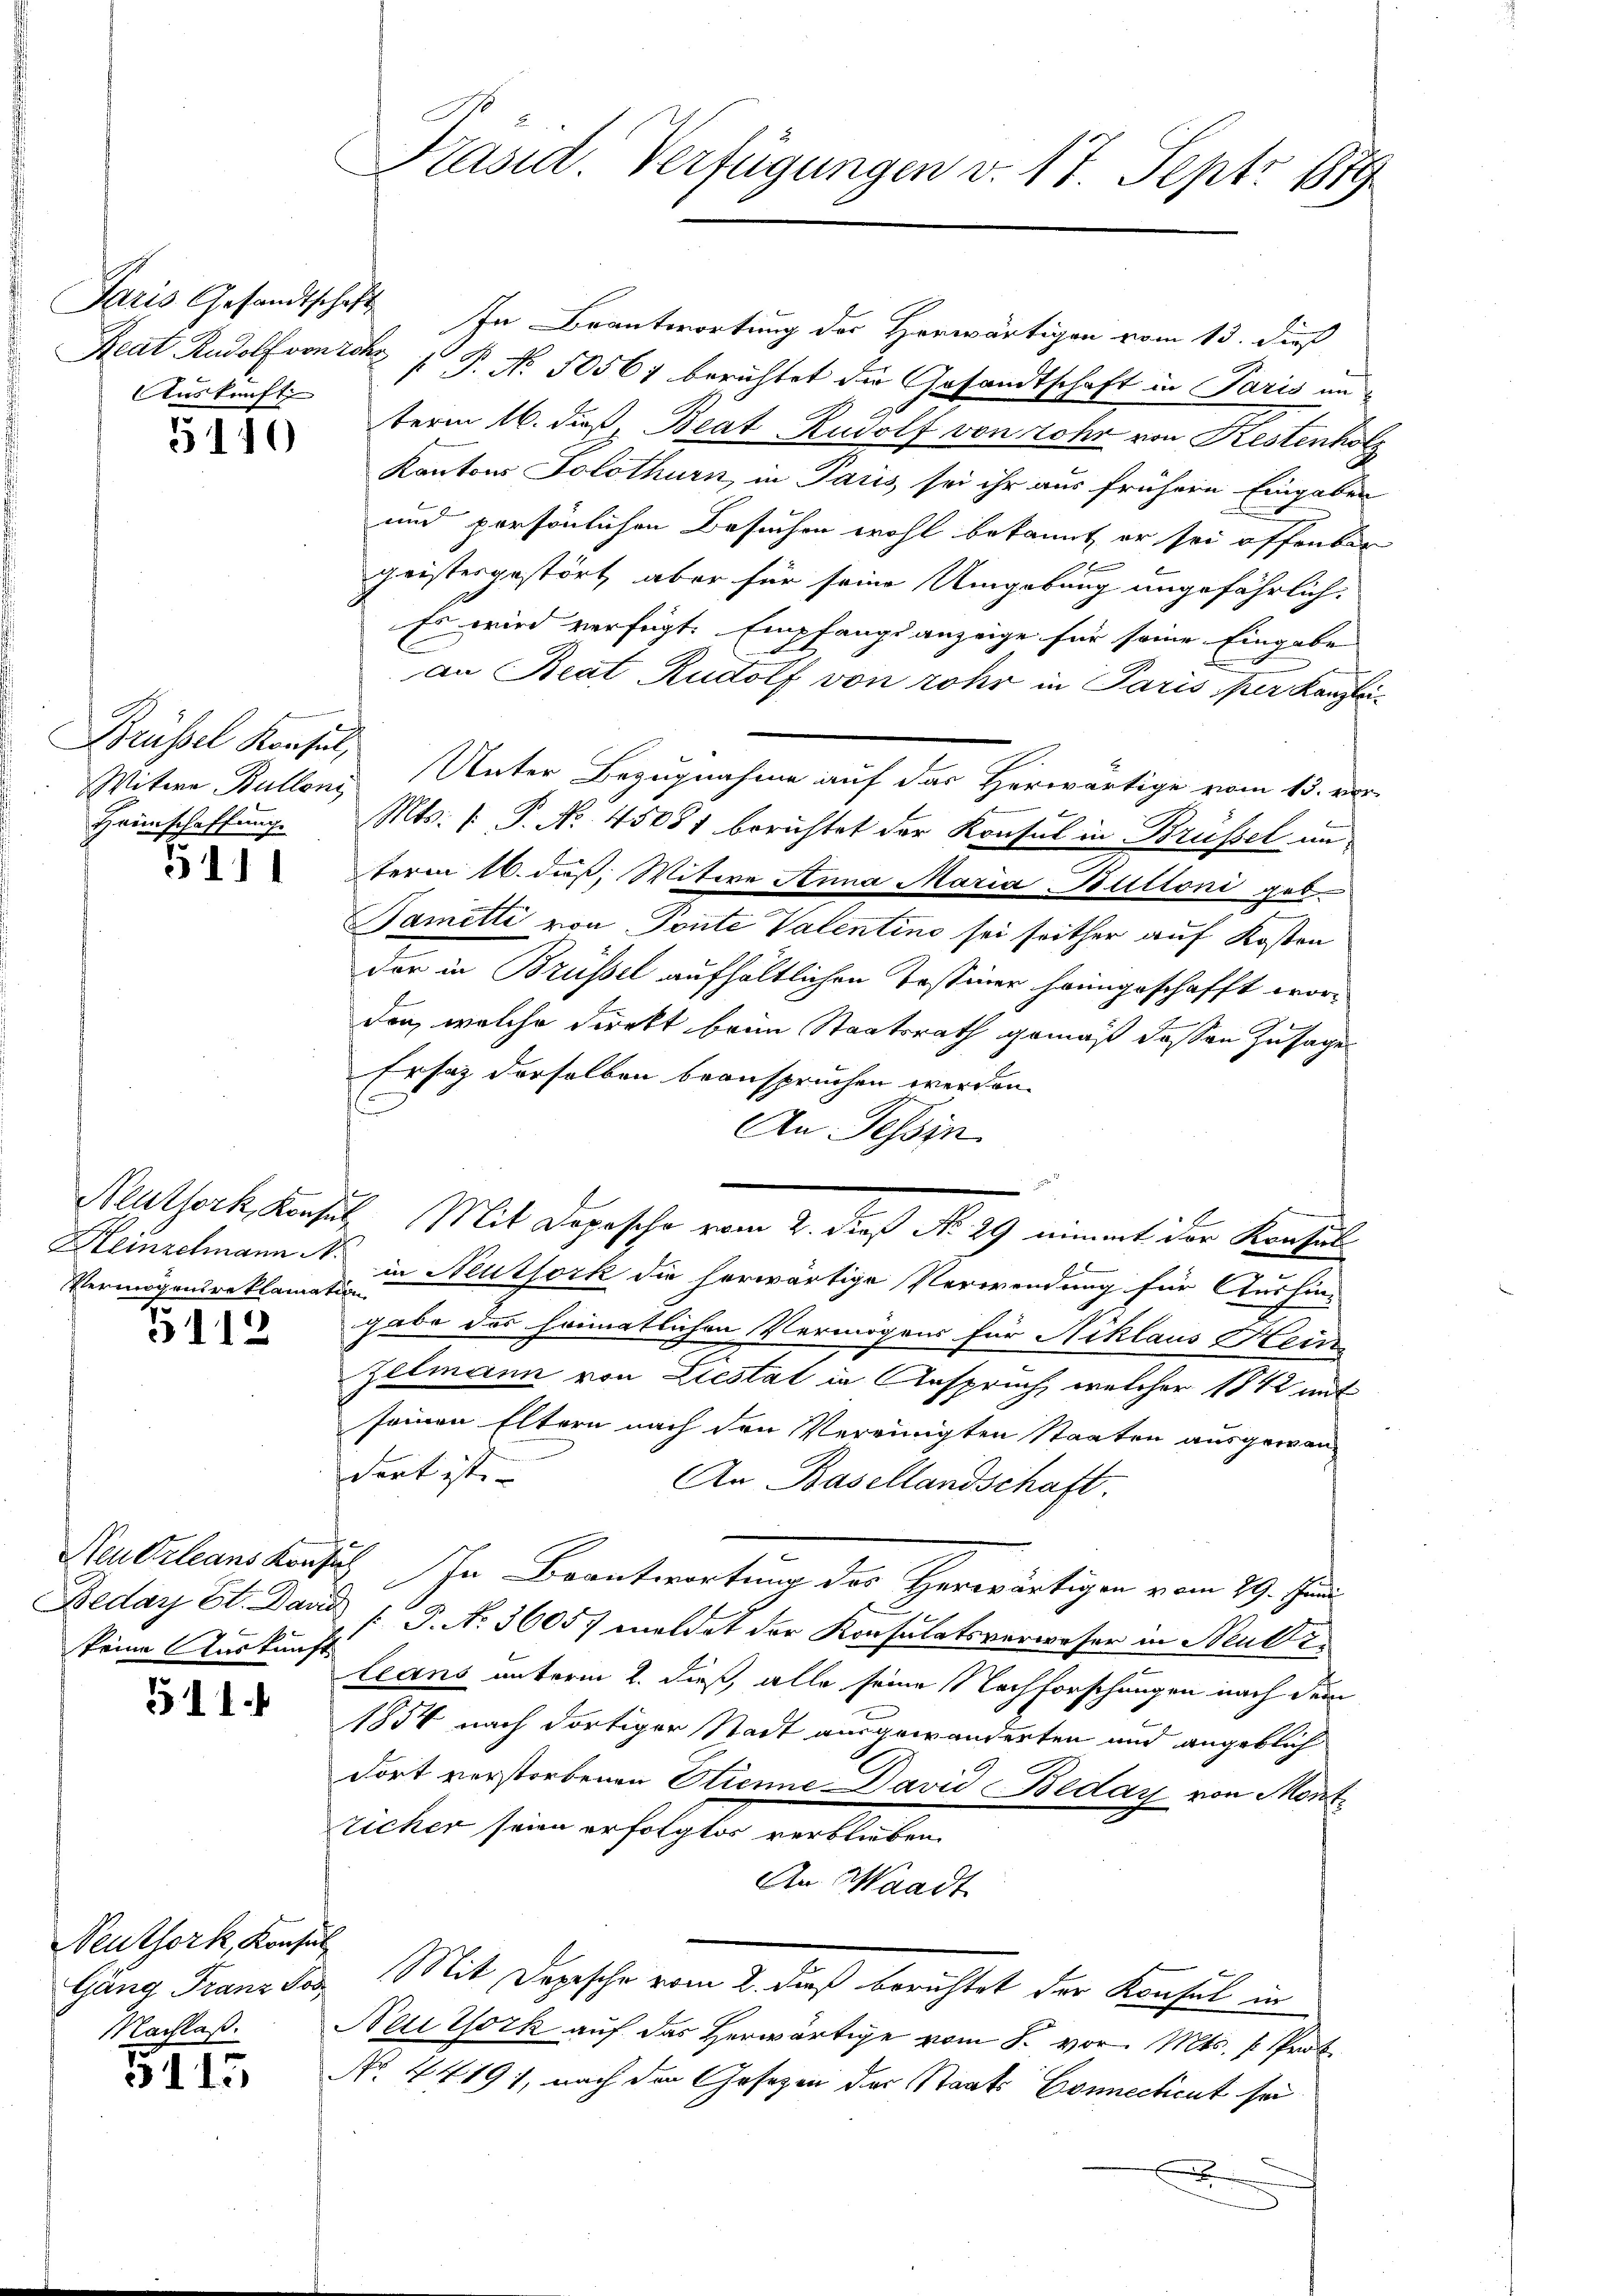
Auskunft

5140

Brüssel Konsul,
Heimschaffung.

511

Vermögensreklamation

5112

keine Auskunft

511.

Neuthork, Konsul
Nachlaß.

5115

Präsid. Verfügungen v. 17. Sept. 1889

Paris Gesandtschaft. In Beantwortung des Herwärtigen vom 13. dieß
Reat Rudolf von tot  P. No. 50561 berichtet die Gesandtschaft in Paris unterm 16. daß, Beat Rudolf von Lohr von Kestenholz
Kantons Solothurn, in Paris sei ihr aus frühere Eingaben
und persönlichen Besuchen wohl bekannt er sei offenbar
geistesgestört, aber für seine Umgebung ungefährlich:
Es wird verfügt. Empfangsanzeige für seine Eingabe
an Beat Rudolf von rohr in Paris per Kanzlei¬
Witwe Bullons Unter Bezugnahme auf das Herwärtige vom 13. ver-
Mts. (: P. No. 45081 berichtet der Konsul in Brüssel in
term 16. daß, Witwe Anna Maria Buttoni geb.
Bametti von Ponte Valentino sei seither auf Kosten
der in Brüssel aufhältlichen Tessiner heimgeschafft worden, welche direkt beim Staatsrath gemäß dessen Zusage
Ersatz derselben beanspruchen werden.
u
An Tessin
Neuthork, Konsul Mit Depesche vom 2. dieß No. 29 nimmt der Konsul¬
Heinzelmann N. in Neuthork die herwärtige Verwendung für Aushin-
.
gabe des heimatlichen Vermögens für Niklaus Heinzelmann von Liestat in Anspruch, welcher 1872 mit
seinen Eltern nach den Vereinigten Staaten ausgewan-
dort ist. |
An Basellandschaft.
Neutrleans Konsis. In Beantwortung der Herrwärtigen vom 29. Juni
Beday Et. David 15. No. 36057 meldet der Konsulatsverweser in Neutzleans unterm 2. dieß, alle seine Nachforschungen nach dem
1854 nach dortiger Stadt ausgewanderten und angeblich
dort verstorbenen Otienne David Beday von Mont¬
Sicher seine erfolgten verbleiben.
An Waadt
Gäng Franz des Mit Depesche vom 2. daß berichtet der Konsul in
Nettock auf das herwärtige vom 5. vor. Mts. s. Prof.
No. 4419, nach den Gesezen der Staats Connecticut sei
x